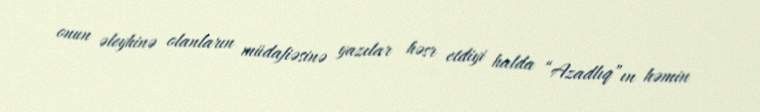
onun əleyhinə olanların müdafiəsinə yazılar həsr etdiyi halda “Azadlıq”ın həmin